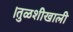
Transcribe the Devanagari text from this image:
।तुळशीखाली